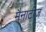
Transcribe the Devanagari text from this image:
मैनाटीज